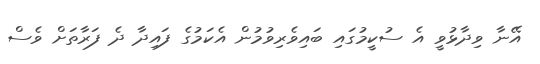
އޭނާ ވިދާޅުވީ އެ ސުކީމުގައި ބައިވެރިވުމުން އެކަމުގެ ފައިދާ ދެ ފަރާތަށް ވެސް